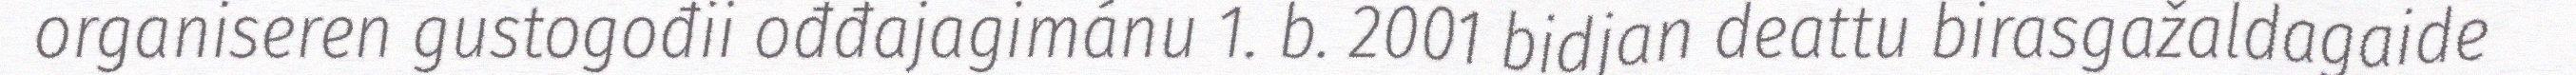
organiseren gustogođii ođđajagimánu 1. b. 2001 bidjan deattu birasgažaldagaide